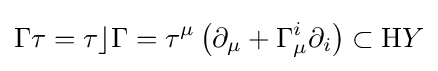
\Gamma \tau =\tau \rfloor \Gamma =\tau ^{\mu }\left(\partial _{\mu }+\Gamma _{\mu }^{i}\partial _{i}\right)\subset \mathrm {H} Y